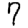
Digit: 7